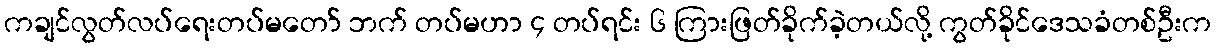
ကချင်လွတ်လပ်ရေးတပ်မတော် ဘက် တပ်မဟာ ၄ တပ်ရင်း ၆ ကြားဖြတ်ခိုက်ခဲ့တယ်လို့ ကွတ်ခိုင်ဒေသခံတစ်ဦးက